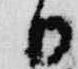
日